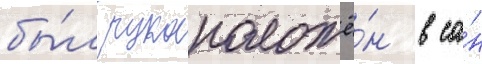
бы́л рукоположё́н в са́н